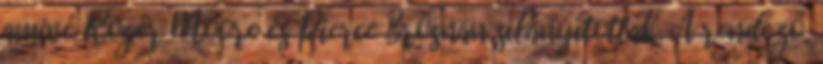
amivé Roger Moore és Pierce Brosnan silányították. A rendező,